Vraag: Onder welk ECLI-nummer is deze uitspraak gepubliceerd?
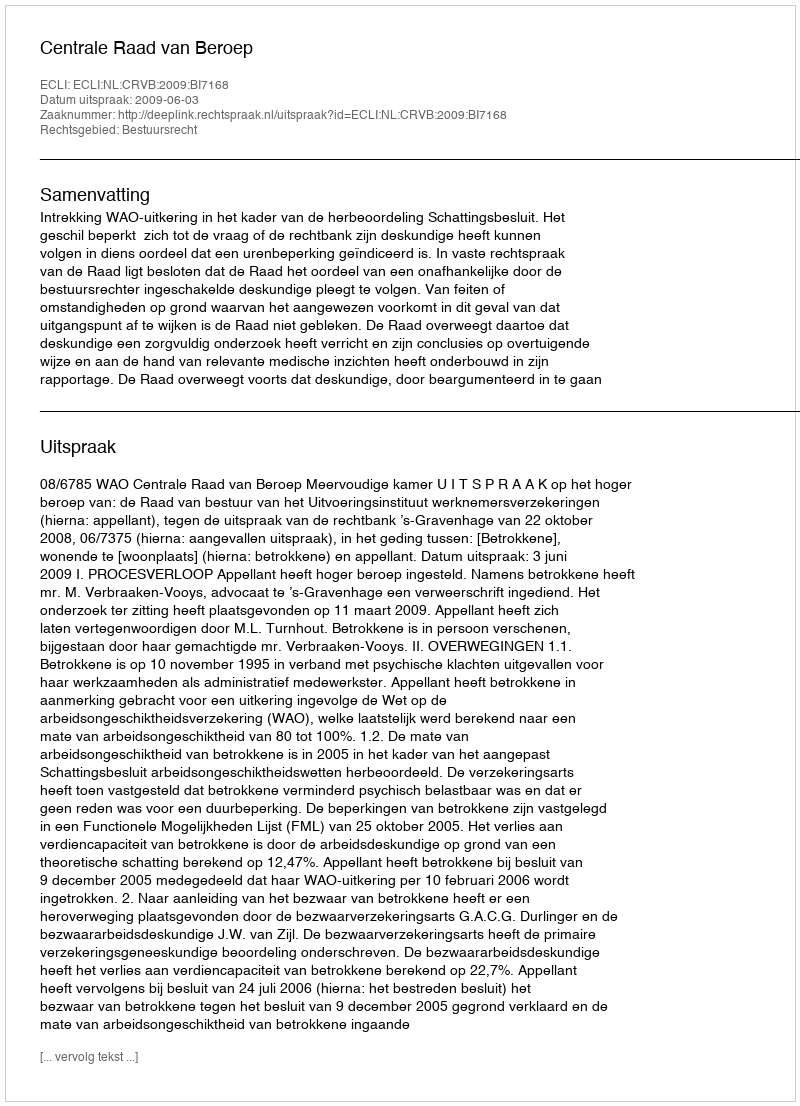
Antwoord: ECLI:NL:CRVB:2009:BI7168